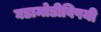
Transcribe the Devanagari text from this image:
घडामोडीविषयी